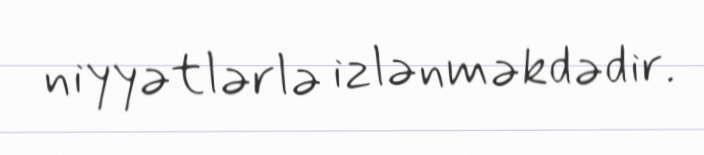
niyyətlərlə izlənməkdədir.